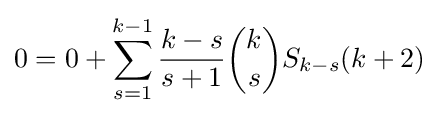
0=0+\sum _{s=1}^{k-1}{\frac {k-s}{s+1}}{\binom {k}{s}}S_{k-s}(k+2)